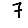
Digit: 7